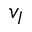
v _ { I }